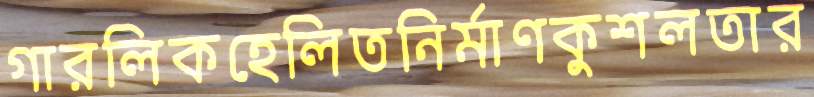
গারলিকহেলিতনির্মাণকুশলতার